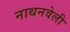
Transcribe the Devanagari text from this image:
नाथनवेली